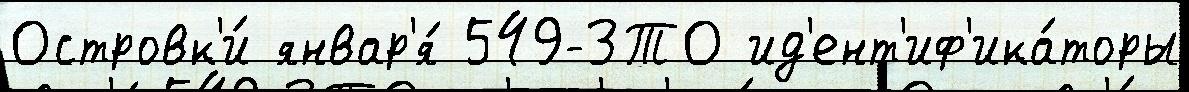
Островк'и́ январ'я́ 549-ЗТО ид'ент'иф'ика́торы